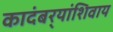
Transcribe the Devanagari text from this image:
कादंबर्‍यांशिवाय